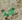
أحد